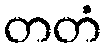
တတံ